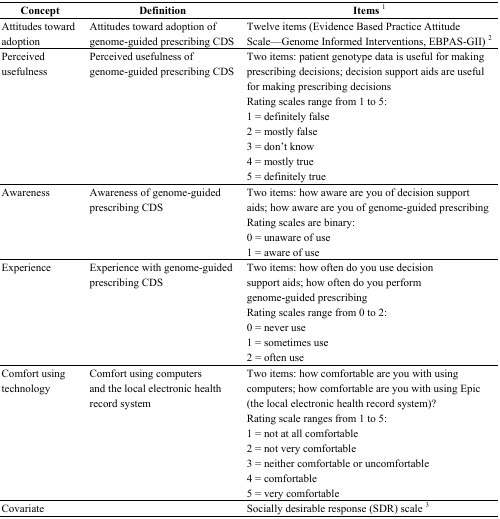
| Concept | Definition | Items 1 |
 | --- | --- | --- |
 | Attitudes toward adoption | Attitudes toward adoption of genome-guided prescribing CDS | Twelve items (Evidence Based Practice Attitude Scale—Genome Informed Interventions, EBPAS-GII) 2 |
 | Perceived usefulness | Perceived usefulness of genome-guided prescribing CDS | Two items: patient genotype data is useful for making prescribing decisions; decision support aids are useful for making prescribing decisions Rating scales range from 1 to 5: 1 = definitely false 2 = mostly false 3 = don’t know 4 = mostly true 5 = definitely true |
 | Awareness | Awareness of genome-guided prescribing CDS | Two items: how aware are you of decision support aids; how aware are you of genome-guided prescribing Rating scales are binary: 0 = unaware of use 1 = aware of use |
 | Experience | Experience with genome-guided prescribing CDS | Two items: how often do you use decision support aids; how often do you perform genome-guided prescribing Rating scales range from 0 to 2: 0 = never use 1 = sometimes use 2 = often use |
 | Comfort using technology | Comfort using computers and the local electronic health record system | Two items: how comfortable are you with using computers; how comfortable are you with using Epic (the local electronic health record system)? Rating scale ranges from 1 to 5: 1 = not at all comfortable 2 = not very comfortable 3 = neither comfortable or uncomfortable 4 = comfortable 5 = very comfortable |
 | Covariate |  | Socially desirable response (SDR) scale 3 |